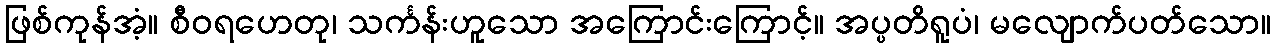
ဖြစ်ကုန်အံ့။ စီဝရဟေတု၊ သင်္ကန်းဟူသော အကြောင်းကြောင့်။ အပ္ပတိရူပံ၊ မလျောက်ပတ်သော။